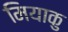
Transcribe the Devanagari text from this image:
मियाकु